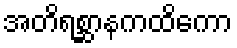
အတိရစ္ဆာနကထိကော